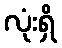
လုံးရှိ